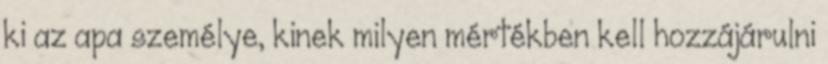
ki az apa személye, kinek milyen mértékben kell hozzájárulni